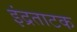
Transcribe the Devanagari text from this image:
इंद्रताटक